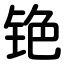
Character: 铯